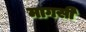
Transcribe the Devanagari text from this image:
मागसी